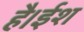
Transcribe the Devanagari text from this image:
है।ईश